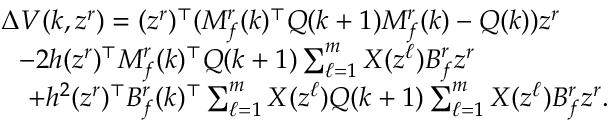
\begin{array} { r l } & { \Delta V ( k , z ^ { r } ) = ( z ^ { r } ) ^ { \top } ( M _ { f } ^ { r } ( k ) ^ { \top } Q ( k + 1 ) M _ { f } ^ { r } ( k ) - Q ( k ) ) z ^ { r } } \\ & { ~ ~ - 2 h ( z ^ { r } ) ^ { \top } M _ { f } ^ { r } ( k ) ^ { \top } Q ( k + 1 ) \textstyle \sum _ { \ell = 1 } ^ { m } X ( z ^ { \ell } ) B _ { f } ^ { r } z ^ { r } } \\ & { ~ ~ ~ + h ^ { 2 } ( z ^ { r } ) ^ { \top } B _ { f } ^ { r } ( k ) ^ { \top } \textstyle \sum _ { \ell = 1 } ^ { m } X ( z ^ { \ell } ) Q ( k + 1 ) \textstyle \sum _ { \ell = 1 } ^ { m } X ( z ^ { \ell } ) B _ { f } ^ { r } z ^ { r } . } \end{array}